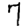
Digit: 7